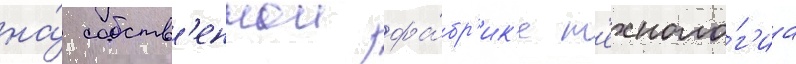
на́ собств'еннои фа́бр'ик'е т'ехноло́г'иа